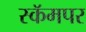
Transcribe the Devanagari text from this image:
स्कॅमपर